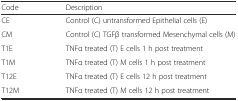
<table><thead><tr><td><b>Code</b></td><td><b>Description</b></td></tr></thead><tbody><tr><td>CE</td><td>Control (C) untransformed Epithelial cells (E)</td></tr><tr><td>CM</td><td>Control (C) TGFβ transformed Mesenchymal cells (M)</td></tr><tr><td>T1E</td><td>TNFα treated (T) E cells 1 h post treatment</td></tr><tr><td>T1M</td><td>TNFα treated (T) M cells 1 h post treatment</td></tr><tr><td>T12E</td><td>TNFα treated (T) E cells 12 h post treatment</td></tr><tr><td>T12M</td><td>TNFα treated (T) M cells 12 h post treatment</td></tr></tbody></table>